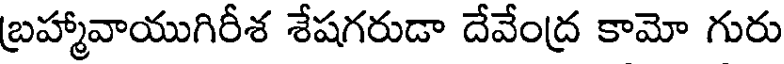
బ్రహ్మావాయుగిరీశ శేషగరుడా దేవేంద్ర కామో గురు